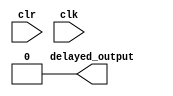
module debouncer(
    input clr, clk,
    output delayed_output = 0
);

    reg [2:0] contador = 3'b000;

    always @(posedge clr)
        begin
            delayed_output <= 0;
            contador = 3'b000;
        end

    always @(posedge clk)
        begin
            if (contador < 3'b111 & (!clr)) begin
                contador = contador + 1;
            end

            if (contador >= 3'b100) begin
                delayed_output <= 1;
            end
        end
endmodule